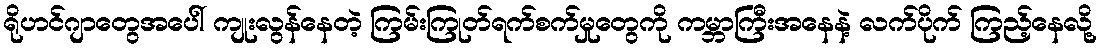
ရိုဟင်ဂျာတွေအပေါ် ကျုးလွန်နေတဲ့ ကြမ်းကြုတ်ရက်စက်မှုတွေကို ကမ္ဘာကြီးအနေနဲ့ လက်ပိုက် ကြည့်နေလို့